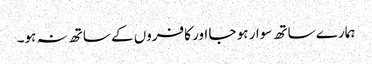
ہمارے ساتھ سوار ہو جا اور کافروں کے ساتھ نہ ہو۔